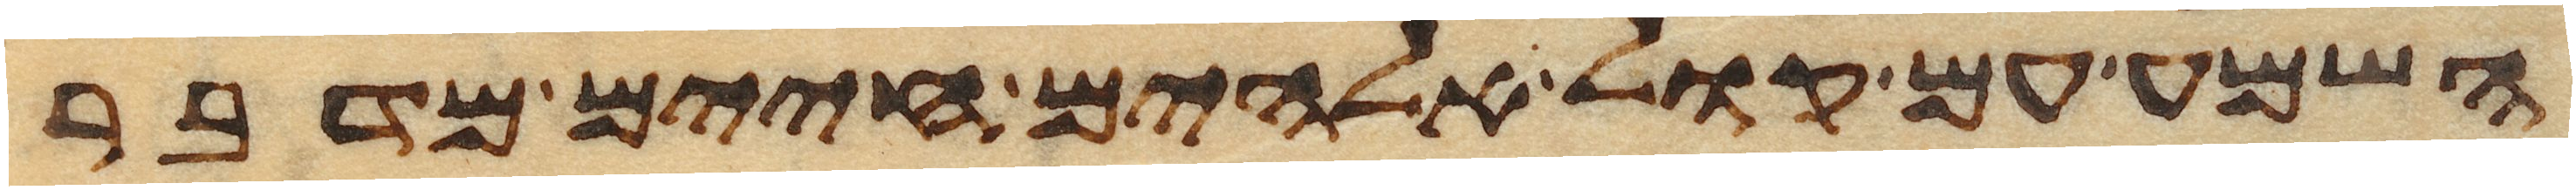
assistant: השמע עם קול אלהים חיים מדבר